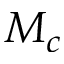
M _ { c }